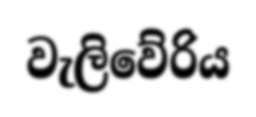
වැලිවේරිය